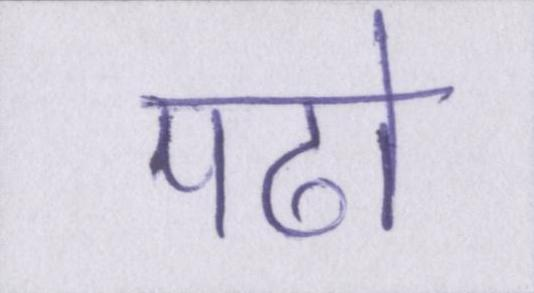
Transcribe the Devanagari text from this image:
पढो